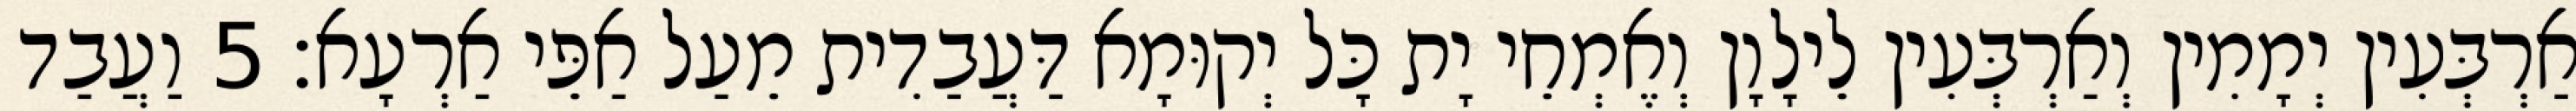
אַרְבְּעִין יְמָמִין וְאַרְבְּעִין לֵילָוָן וְאֶמְחֵי יָת כָּל יְקוּמָא דַּעֲבַדִית מֵעַל אַפֵּי אַרְעָא׃ 5 וַעֲבַד